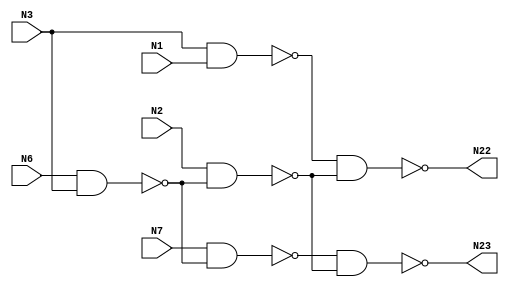

// Generated by Cadence Genus(TM) Synthesis Solution 16.22-s033_1
// Generated on: May  5 2020 09:31:03 EDT (May  5 2020 13:31:03 UTC)

// Verification Directory fv/c17

module c17g(N1, N2, N3, N6, N7, N22, N23);
  input N1, N2, N3, N6, N7;
  output N22, N23;
  wire N1, N2, N3, N6, N7;
  wire N22, N23;
  wire n_0, n_1, n_2, n_3;
  nand g44__7837 (N22, n_0, n_3);
  nand g45__7557 (N23, n_2, n_3);
  nand g46__7654 (n_3, N2, n_1);
  nand g47__8867 (n_2, N7, n_1);
  nand g48__1377 (n_0, N3, N1);
  nand g49__3717 (n_1, N6, N3);
endmodule